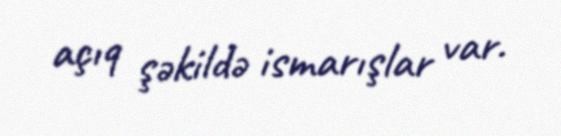
açıq şəkildə ismarışlar var.